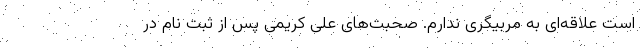
است علاقه‌ای به مربیگری ندارم. صحبت‌های علی کریمی پس از ثبت نام در